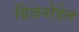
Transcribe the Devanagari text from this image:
ग्रिज़नोडेल